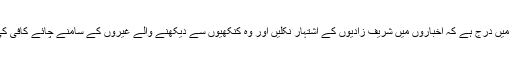
لیکن سوچیں ، یہ کس فقہ میں درج ہے کہ اخباروں میں شریف زادیوں کے اشتہار نکلیں اور وہ کنکھیوں سے دیکھنے والے غیروں کے سامنے چائے کافی کی ٹرالیاں پھدکاتی پھریں ۔